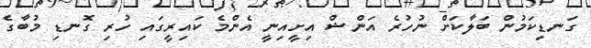
ގަނޑިކަމުން ބަލާކަށް ނުހުރެ އަންޝް އިށީއިނީ އެންމެ ކައިރީގައި ހުރި ގޮނޑި މުބާގެ